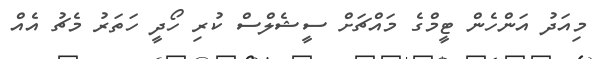
މިއަދު އަންހެން ޓީމްގެ މައްޗަށް ސީޝެލްސް ކުރި ހޯދީ ހަތަރު މެޗު އެއް